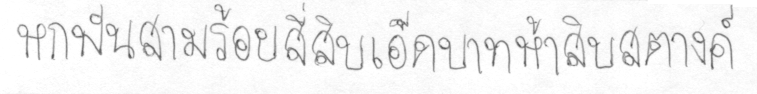
หกพันสามร้อยสี่สิบเอ็ดบาทห้าสิบสตางค์